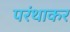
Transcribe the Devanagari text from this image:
परंथाकर